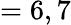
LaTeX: =6,7